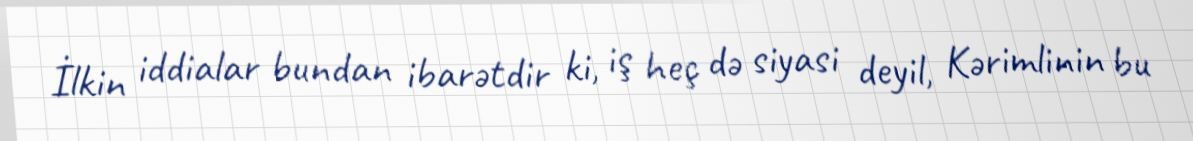
İlkin iddialar bundan ibarətdir ki, iş heç də siyasi deyil, Kərimlinin bu